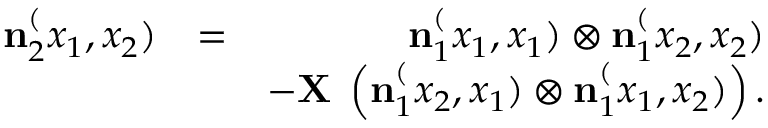
\begin{array} { r l r } { \ensuremath { \mathbf { n } } _ { 2 } ^ ( x _ { 1 } , x _ { 2 } ) } & { = } & { \ensuremath { \mathbf { n } } _ { 1 } ^ ( x _ { 1 } , x _ { 1 } ) \otimes \ensuremath { \mathbf { n } } _ { 1 } ^ ( x _ { 2 } , x _ { 2 } ) } \\ & { } & { - \ensuremath { \mathbf { X } } \; \left( \ensuremath { \mathbf { n } } _ { 1 } ^ ( x _ { 2 } , x _ { 1 } ) \otimes \ensuremath { \mathbf { n } } _ { 1 } ^ ( x _ { 1 } , x _ { 2 } ) \right) . } \end{array}